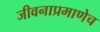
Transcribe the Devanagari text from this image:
जीवनाप्रमाणेच